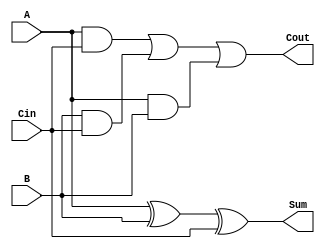
module FAStr(
	input wire A,
	input wire B,
	input wire Cin,
	output wire Sum,
	output wire Cout );
	
wire s1, T1, T2, T3;

xor X1 (S1, A, B);
xor X2(Sum, S1, Cin);

and A1(T3, A, B);
and A2(T2, B, Cin);
and A3(T1, A, Cin);

or o1(Cout, T1, T2, T3);

endmodule

module FASeq(
	input wire A,
	input wire B,
	input wire Cin,
	output reg Sum,
	output reg Cout );
	
reg T1; reg T2; reg T3;

always @(A or B or Cin)
begin

Sum = (A ^ B) ^ Cin;
T1 = A & Cin;
T2 = B & Cin;
T3 = A & B;

Cout = (T1 | T2) | T3;
end

endmodule